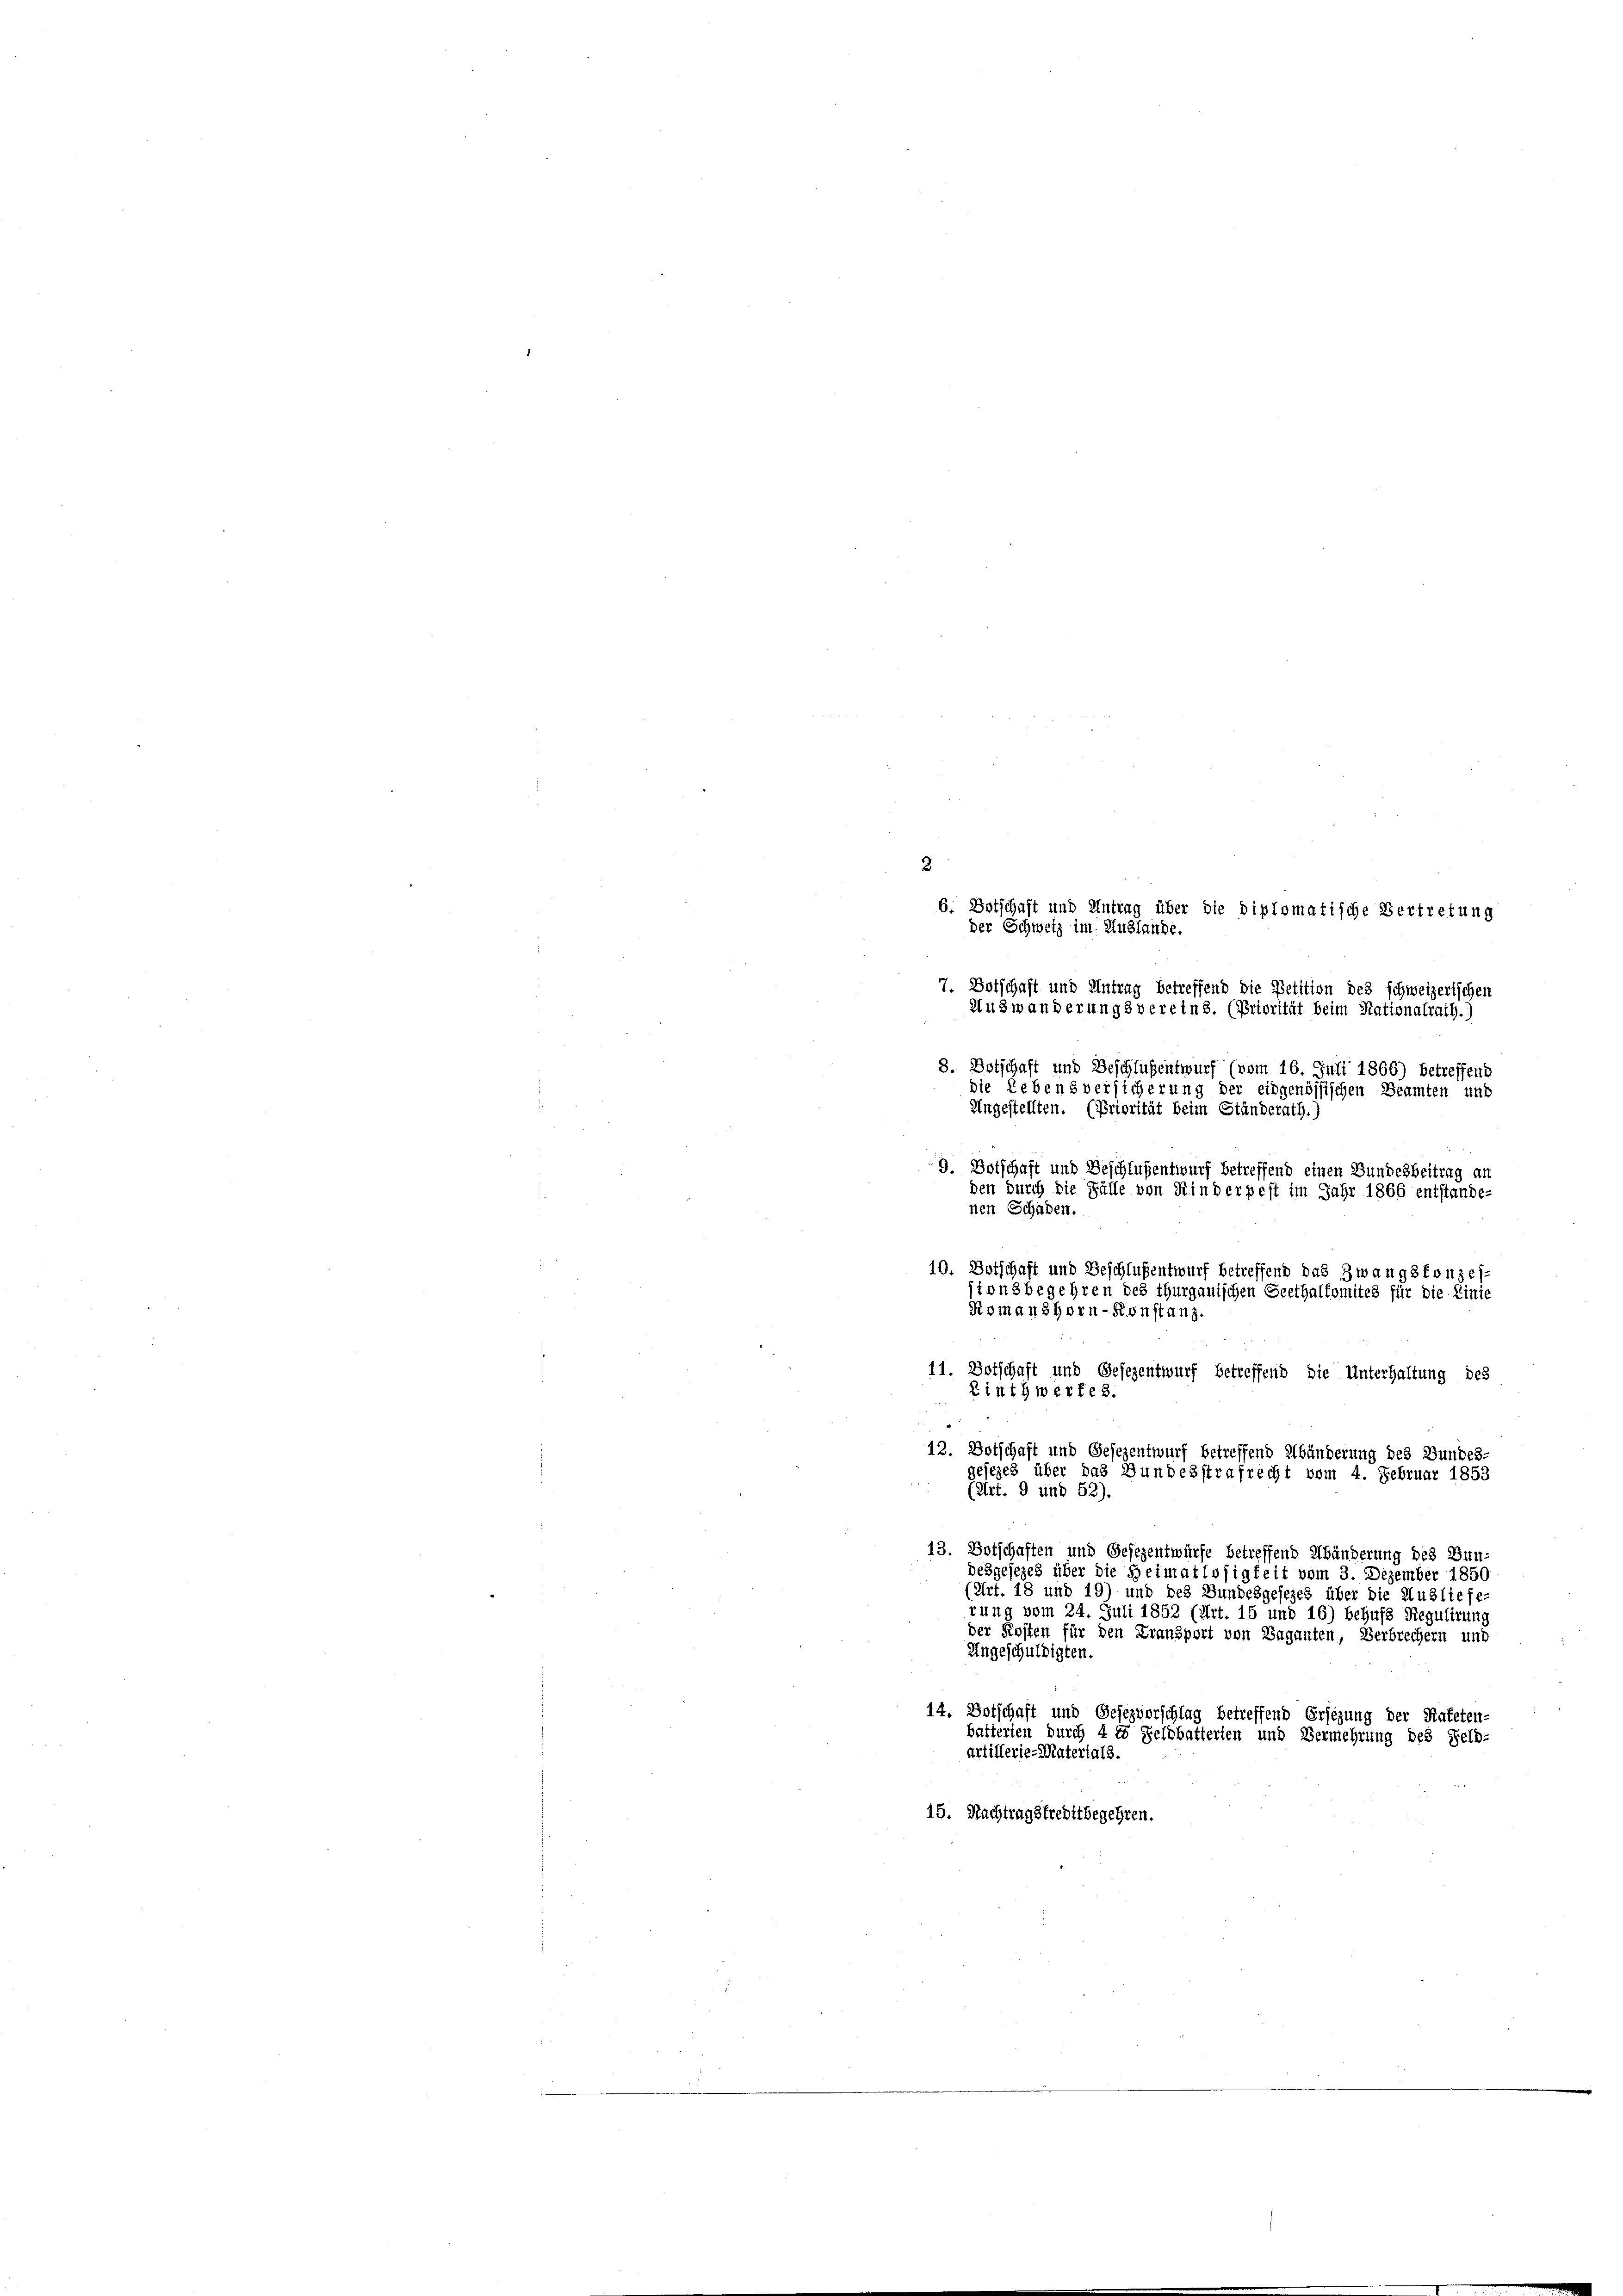
8. Botschaft und Beschlüßentwurf (vom 16. Juli 1866) betreffent
die Lebens versicherung der eidgenössischen Beamten und
Angestellten. (Priorität beim Ständerath.)
9. Botschaft und Beschlußentwurf betreffend einen Bundesbeitrag an
den durch die Fülle von Kinderpest im Jahr 1866 entstande-
11. Botschaft und Gesezentwurf betreffend die Unterhaltung des
Linthwerfes.
12. Botschaft und Gesezentwurf betreffend Abänderung des Bundes-
gesezes über das Bundesstrafrecht vom 4. Februar 1853
(Art. 9 und 52).
13. Botschaften und Gesezentwürfe betreffend Abänderung des Bun-
desgesezes über die Heimatlosigkeit vom 3. Dezember 1850
(Art. 18 und 19) und des Bundesgesezes über die Ausliefe
rung vom 24. Juli 1852 (Art. 15 und 16) behufs Regulirung
der Kosten für den Fransport von Baganten, Verbrechern und
Ungeschuldigten.
14. Botschaft und Gesezvorschlag betreffend Ersezung der Kateten-
batterien durch 4 t Feldbatterien und Vermehrung des Feld-
artillerie-Materials.
15. Nachtragstreditbegehren.

2

6. Botschaft und Antrag über die diplomatische Vertretung
der Schweiz im Auslande.

7. Botschaft und Antrag betreffend die Petition des schweizerischen
Auzwänderungs vereins. (Priorität beim Nationalrath.)

nen Schaden,
10. Botschaft und Beschlüßentwurf betreffend das Zwangskonzessionsbegehren des Thurgauischen Seethalfomites für die Linie
Romanshorn-Konstanz.